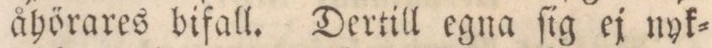
åhörares bifall. Dertill egna ſig ej nyk=